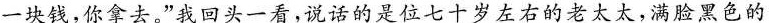
一块钱，你拿去。”我回头一看，说话的是位七十岁左右的老太太，满脸黑色的